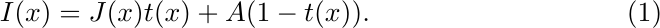
\begin{equation}
\setlength\abovedisplayskip{2pt}%shrink space
\setlength\belowdisplayskip{2pt}
  I(x) = J(x)t(x) + A(1-t(x)).
  \label{eq:ASM}
\end{equation}